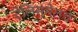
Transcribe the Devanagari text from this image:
टेलिस्मेलचे